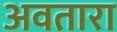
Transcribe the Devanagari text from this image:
अवतारा